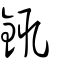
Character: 銸